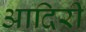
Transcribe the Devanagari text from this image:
आदिरी